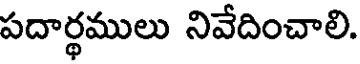
పదార్థములు నివేదించాలి.